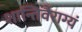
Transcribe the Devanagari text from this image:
शान्तिर्वैराग्यं